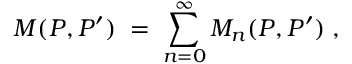
M ( P , P ^ { \prime } ) \; = \; \sum _ { n = 0 } ^ { \infty } M _ { n } ( P , P ^ { \prime } ) \; ,